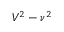
V ^ { 2 } - \nu ^ { 2 }